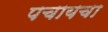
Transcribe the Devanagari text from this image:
पचायचा